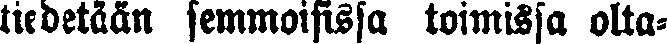
tiedetään semmoisissa toimissa olta-